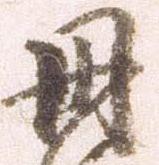
丹